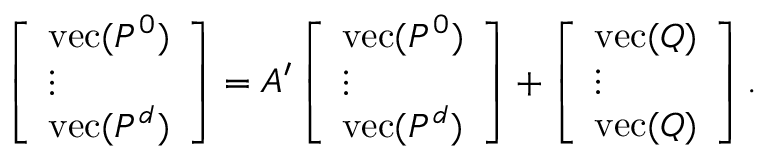
\begin{array} { r } { \left[ \begin{array} { l } { \mathrm { v e c } ( { P } ^ { 0 } ) } \\ { \vdots } \\ { \mathrm { v e c } ( P ^ { d } ) } \end{array} \right] = { \cal A } ^ { \prime } \left[ \begin{array} { l } { \mathrm { v e c } ( { P } ^ { 0 } ) } \\ { \vdots } \\ { \mathrm { v e c } ( P ^ { d } ) } \end{array} \right] + \left[ \begin{array} { l } { \mathrm { v e c } ( Q ) } \\ { \vdots } \\ { \mathrm { v e c } ( Q ) } \end{array} \right] . } \end{array}